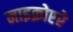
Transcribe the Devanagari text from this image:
माइक्रोएरे